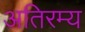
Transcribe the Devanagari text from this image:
अतिरम्य